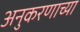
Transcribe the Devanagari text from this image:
अनुकरणाच्या